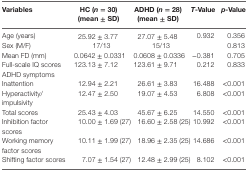
| Variables | HC (n = 30) (mean ± SD) | ADHD (n = 28) (mean ± SD) | T-Value | p-Value |
 | --- | --- | --- | --- | --- |
 | Age (years) | 25.92 ± 3.77 | 27.07 ± 5.48 | 0.932 | 0.356 |
 | Sex (M/F) | 17/13 | 15/13 |  | 0.813 |
 | Mean FD (mm) | 0.0642 ± 0.0331 | 0.0608 ± 0.0336 | −0.381 | 0.705 |
 | Full-scale IQ scores | 123.13 ± 7.12 | 123.61 ± 9.71 | 0.212 | 0.833 |
 | <COLSPAN=5> ADHD symptoms |
 | Inattention | 12.94 ± 2.21 | 26.61 ± 3.83 | 16.488 | <0.001 |
 | Hyperactivity/impulsivity | 12.47 ± 2.50 | 19.07 ± 4.53 | 6.808 | <0.001 |
 | Total scores | 25.43 ± 4.03 | 45.67 ± 6.25 | 14.550 | <0.001 |
 | Inhibition factor scores | 10.00 ± 1.69 (27) | 16.60 ± 2.58 (25) | 10.992 | <0.001 |
 | Working memory factor scores | 10.11 ± 1.99 (27) | 18.96 ± 2.35 (25) | 14.686 | <0.001 |
 | Shifting factor scores | 7.07 ± 1.54 (27) | 12.48 ± 2.99 (25) | 8.102 | <0.001 |